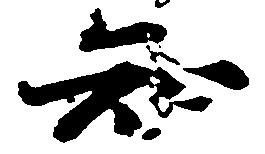
知